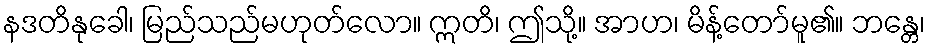
နဒတိနုခေါ၊ မြည်သည်မဟုတ်လော။ ဣတိ၊ ဤသို့။ အာဟ၊ မိန့်တော်မူ၏။ ဘန္တေ၊